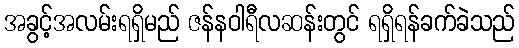
အခွင့်အလမ်းရရှိမည် ဇန်နဝါရီလဆန်းတွင် ရရှိရန်ခက်ခဲသည်